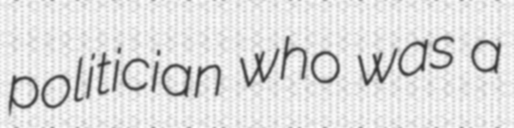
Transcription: politician who was a